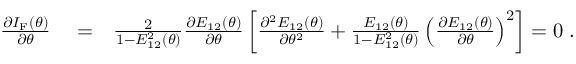
\begin{array} { r l r } { \frac { \partial I _ { \mathrm { F } } ( \theta ) } { \partial \theta } } & { { } = } & { \frac { 2 } { 1 - E _ { 1 2 } ^ { 2 } ( \theta ) } \frac { \partial E _ { 1 2 } ( \theta ) } { \partial \theta } \left[ \frac { \partial ^ { 2 } E _ { 1 2 } ( \theta ) } { \partial \theta ^ { 2 } } + \frac { E _ { 1 2 } ( \theta ) } { 1 - E _ { 1 2 } ^ { 2 } ( \theta ) } \left( \frac { \partial E _ { 1 2 } ( \theta ) } { \partial \theta } \right) ^ { 2 } \right] = 0 \; . } \end{array}